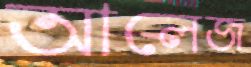
আলেজ